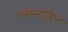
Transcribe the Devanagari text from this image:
प्लान्टाजेन्ट